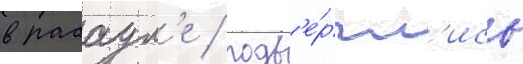
в рабаул'е / подв'е́ргл'ись